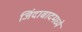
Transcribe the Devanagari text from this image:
जिंदाबादमध्ये